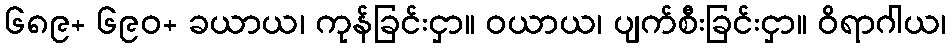
၆၈၉+ ၆၉၀+ ခယာယ၊ ကုန်ခြင်းငှာ။ ဝယာယ၊ ပျက်စီးခြင်းငှာ။ ဝိရာဂါယ၊